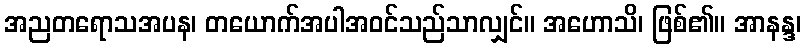
အညတရောသအပန၊ တယောက်အပါအဝင်သည်သာလျှင်။ အဟောသိ၊ ဖြစ်၏။ အာနန္ဒ၊